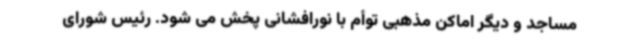
مساجد و دیگر اماکن مذهبی توأم با نورافشانی پخش می شود. رئیس شورای